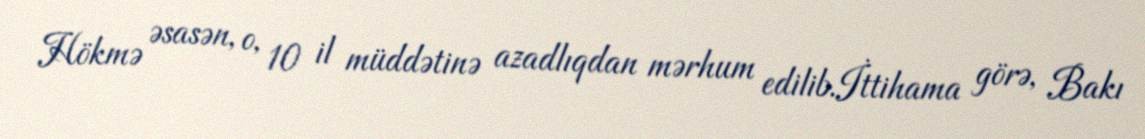
Hökmə əsasən, o, 10 il müddətinə azadlıqdan mərhum edilib.İttihama görə, Bakı